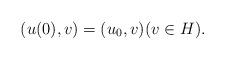
LaTeX: \begin{align*} (u(0),v)=(u_0,v)(v\in H).\end{align*}